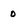
Character: 0